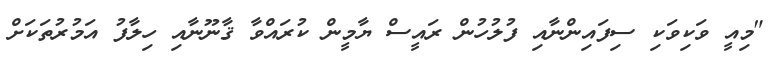
"މިއީ ވަކިވަކި ސިފައިންނާއި ފުލުހުން ރައީސް ޔާމީން ކުރައްވާ ޤާނޫނާއި ހިލާފު އަމުރުތަކަށް